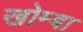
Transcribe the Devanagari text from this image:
खोम्बा